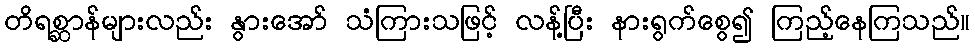
တိရစ္ဆာန်များလည်း နွားအော် သံကြားသဖြင့် လန့်ပြီး နားရွက်စွေ၍ ကြည့်နေကြသည်။